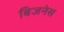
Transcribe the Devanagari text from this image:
बिजनेस